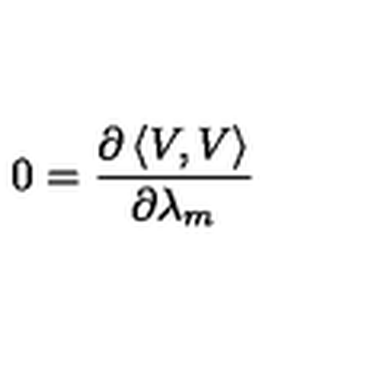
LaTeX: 0 = \frac { \partial \left\langle V , V \right\rangle } { \partial \lambda _ { m } }